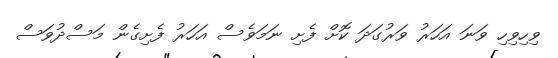
ވިހިވިހި ވަނަ އަހަރު ވަރުގަދަ ކޮށް ފެށި ނަމަވެސް އަހަރު ފެށިގެން މަސްދުވަސް